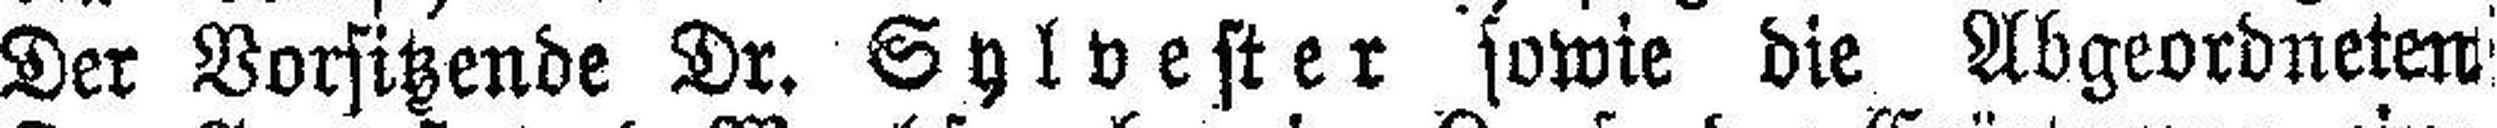
Der Vorsitzende Dr. Sylvester sowie die Abgeordneten